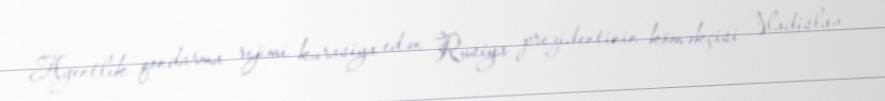
Agentlik qondarma rejimi kurasiya edən Rusiya prezidentinin köməkçisi Vladislav